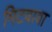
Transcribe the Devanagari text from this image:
मिटवावा